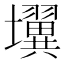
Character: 𰋄